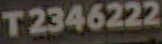
T2346222